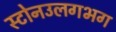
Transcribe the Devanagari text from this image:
स्टोनउलगभग